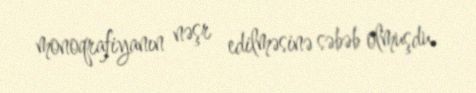
monoqrafiyanın nəşr edilməsinə səbəb olmuşdu.